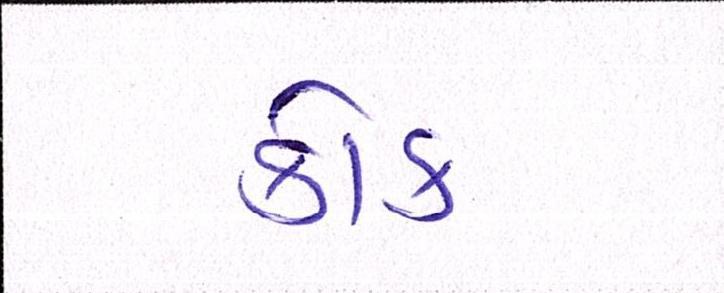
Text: કોક